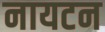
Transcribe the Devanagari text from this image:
नायटन